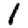
Digit: 1